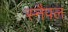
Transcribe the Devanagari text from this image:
स्नैपल